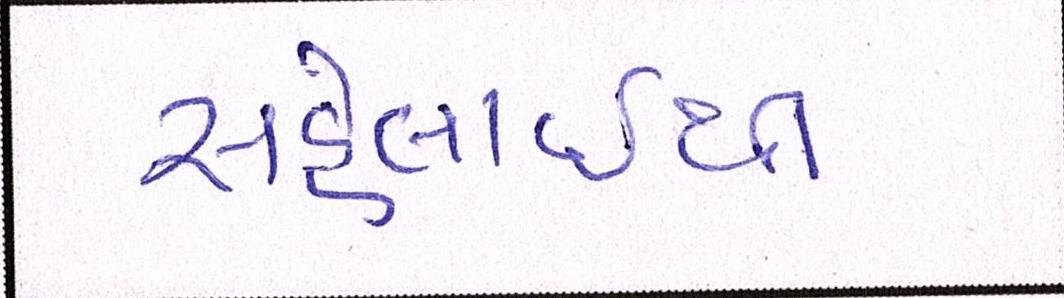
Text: સહેલાઇથી